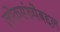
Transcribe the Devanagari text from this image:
लोकसंख्येबद्दल